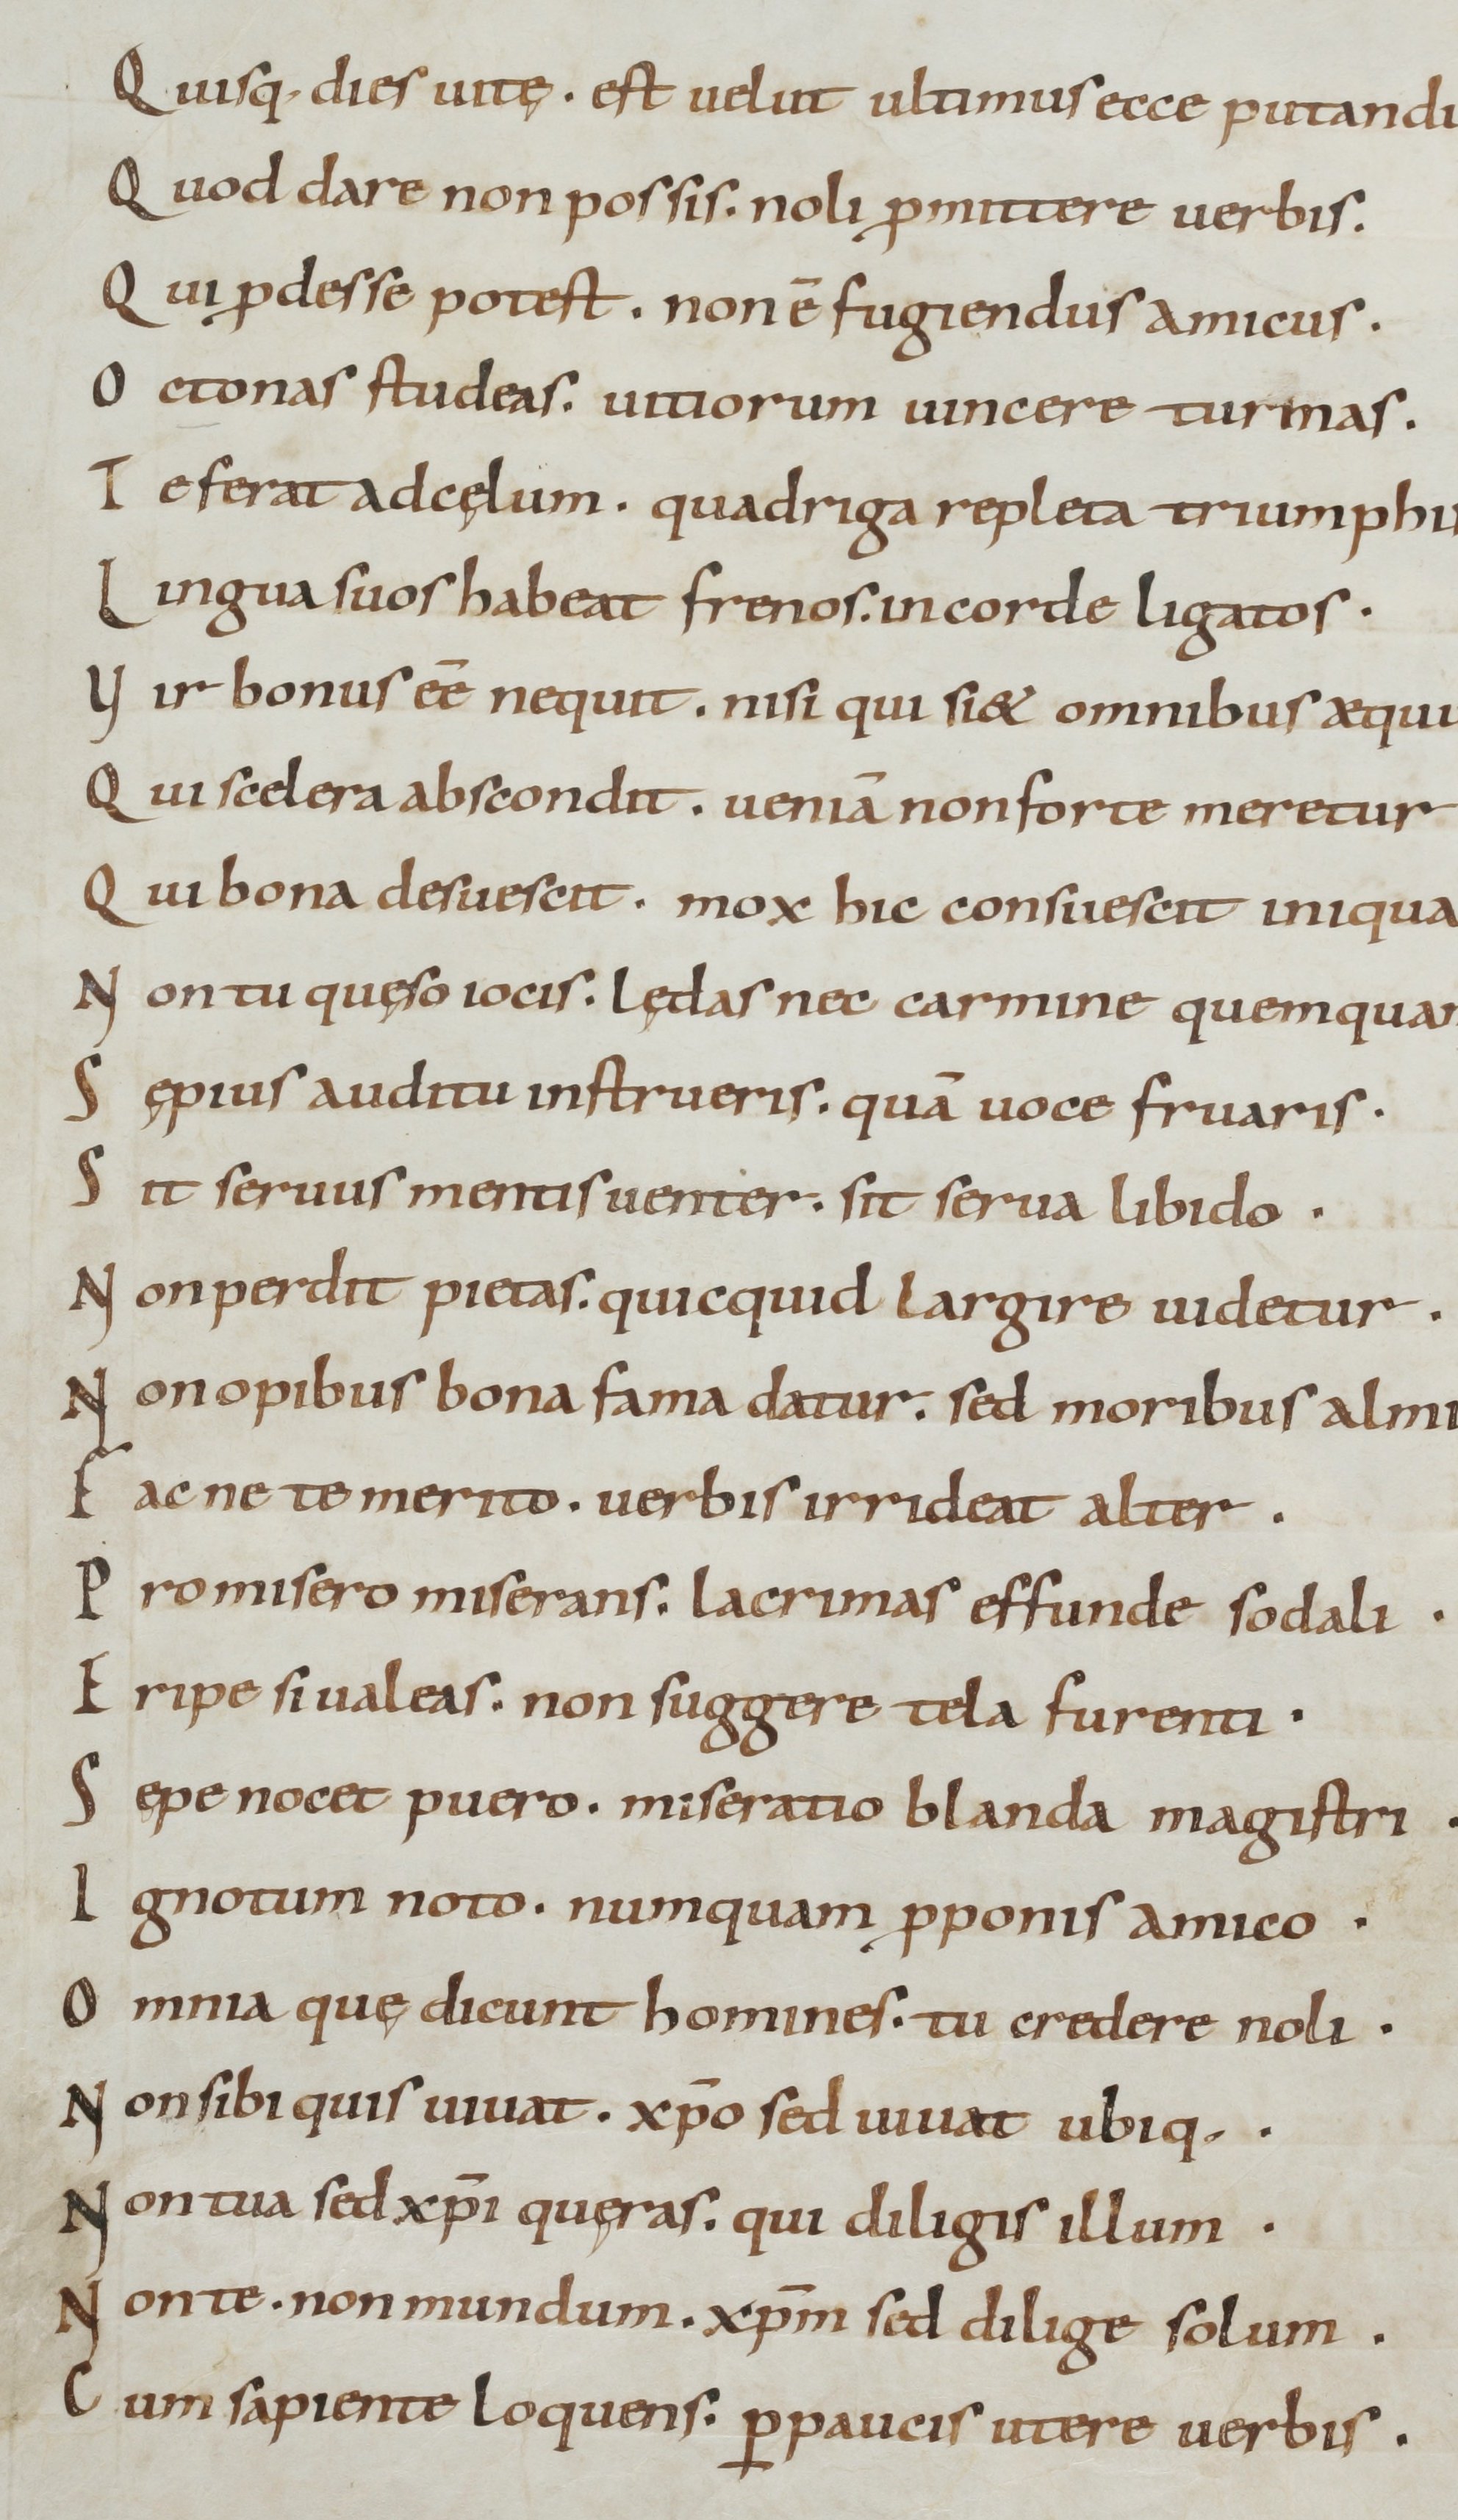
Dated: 800–999